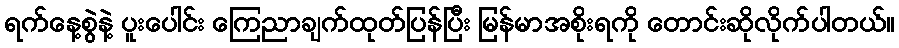
ရက်နေ့စွဲနဲ့ ပူးပေါင်း ကြေညာချက်ထုတ်ပြန်ပြီး မြန်မာအစိုးရကို တောင်းဆိုလိုက်ပါတယ်။